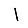
Digit: 1